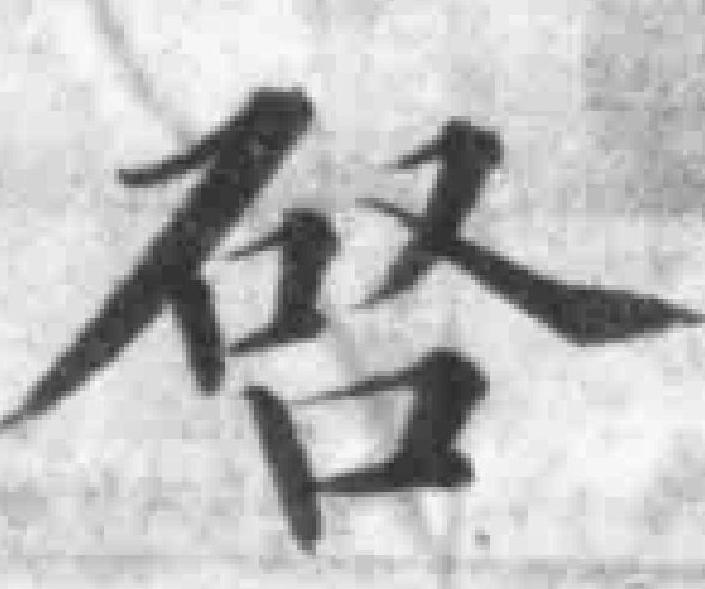
啓